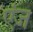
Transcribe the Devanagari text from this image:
एंज